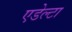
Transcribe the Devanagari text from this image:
एडेल्टा